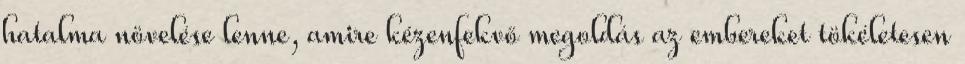
hatalma növelése lenne, amire kézenfekvő megoldás az embereket tökéletesen